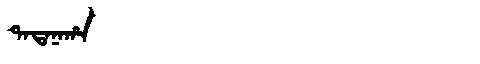
Manchu: ᡨᠠᡨᠠᠨᠠᡥᠠ
Romanization: TATANAHA